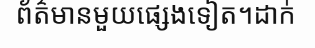
ព័ត៌មានមួយផ្សេងទៀត។ដាក់